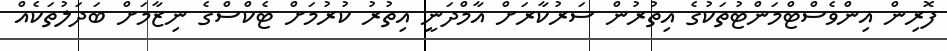
ފޮރިން އިންވެސްޓްމަންޓުތަކުގެ އިތުރުން ސަރުކާރަށް އާމްދަނީ އިތުރު ކުރުމަށް ޓެކްސްގެ ނިޒާމަށް ބަދަލުތަކެއް